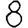
Digit: 8